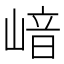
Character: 𡺈